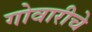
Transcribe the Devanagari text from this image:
गोवारीचे